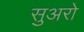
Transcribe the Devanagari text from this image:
सुअरो